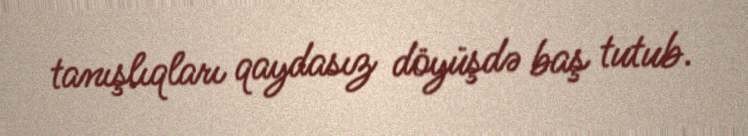
tanışlıqları qaydasız döyüşdə baş tutub.